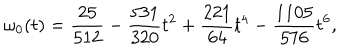
\omega _ { 0 } ( t ) = { \frac { 2 5 } { 5 1 2 } } - { \frac { 5 3 1 } { 3 2 0 } } t ^ { 2 } + { \frac { 2 2 1 } { 6 4 } } t ^ { 4 } - { \frac { 1 1 0 5 } { 5 7 6 } } t ^ { 6 } ,